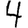
Digit: 4